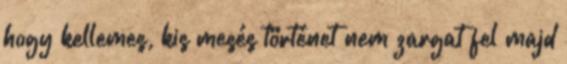
hogy kellemes, kis mesés történet nem zargat fel majd